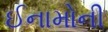
ઈનામોની